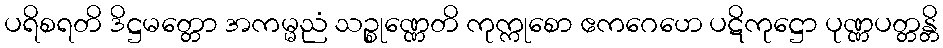
ပရိစရတိ ဒိဋ္ဌမတ္တော အကမ္မညံ သဉ္စုဏ္ဏေတိ ကုက္ကုစော ဧကဂေဟေ ပဋိကုဋ္ဌော ပုဏ္ဏပတ္တန္တိ